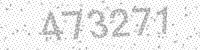
Solution: 473271